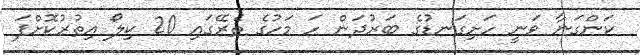
ކަންގަނާ ވަނީ ހަށިގަނޑުގެ ބަރުދަން ހަ މަހުގެ ތެރޭގައި 20 ކިލޯ އިތުރުކޮށްފަ